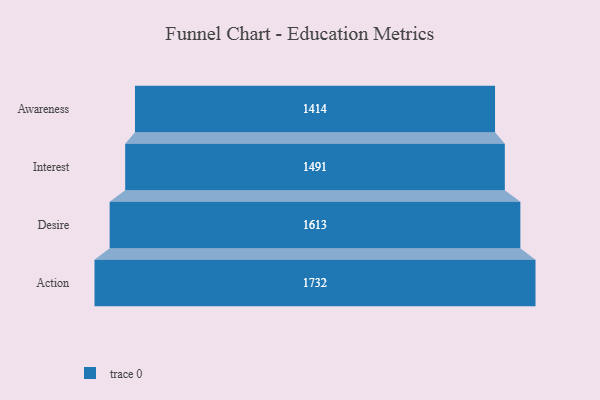
{"axis": {"x": "Stage", "y": "Value"}, "legend": [""], "data": [{"x": "Awareness", "y": 1414.0, "type": ""}, {"x": "Interest", "y": 1491.0, "type": ""}, {"x": "Desire", "y": 1613.0, "type": ""}, {"x": "Action", "y": 1732.0, "type": ""}]}